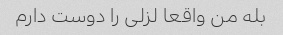
بله من واقعا لزلی را دوست دارم